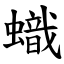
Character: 蟙